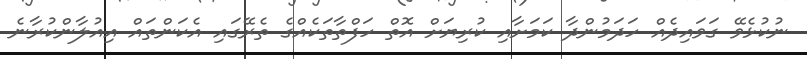
ނުކުޅެވޭ ގަވައިދެއް ހަދަމުންދާ ކަމަށާއި ކުރިޔަށް އޮތް ހަފްތާތަކެއްގެ ތެރޭގައި އެކަންތައް އިއުލާންކުރާނެ